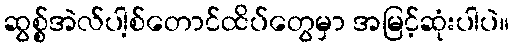
ဆွစ္စ်အဲလ်ပါ့စ်တောင်ထိပ်တွေမှာ အမြင့်ဆုံးပါပဲ။